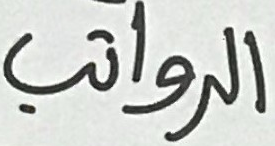
الرواتب